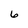
Character: 6